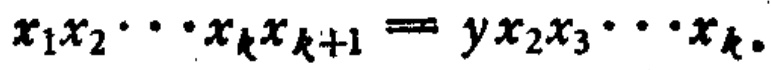
$x_{1}x_{2}\cdots x_{k}x_{k + 1}=yx_{2}x_{3}\cdots x_{k}$